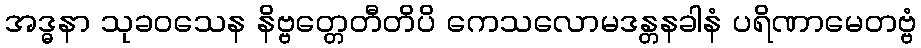
အဒ္ဓနာ သုခဝသေန နိဗ္ဗတ္တေတီတိပိ ကေသလောမဒန္တနခါနံ ပရိဏာမေတဗ္ဗံ